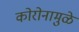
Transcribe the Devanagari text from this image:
कोरोनामुळे